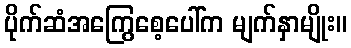
ပိုက်ဆံအကြွေစေ့ပေါ်က မျက်နှာမျိုး။